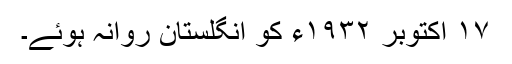
١۷ اکتوبر ١٩٣٢ء کو انگلستان روانہ ہوئے۔